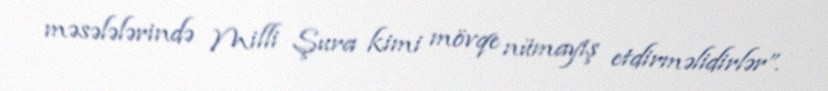
məsələlərində Milli Şura kimi mövqe nümayiş etdirməlidirlər”.